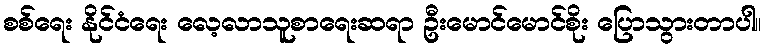
စစ်ရေး နိုင်ငံရေး လေ့လာသူစာရေးဆရာ ဦးမောင်မောင်စိုး ပြောသွားတာပါ။